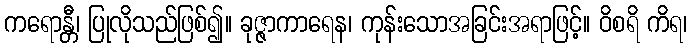
ကရောန္တီ၊ ပြုလိုသည်ဖြစ်၍။ ခုဇ္ဇာကာရေန၊ ကုန်းသောအခြင်းအရာဖြင့်။ ဝိစရိ ကိရ၊